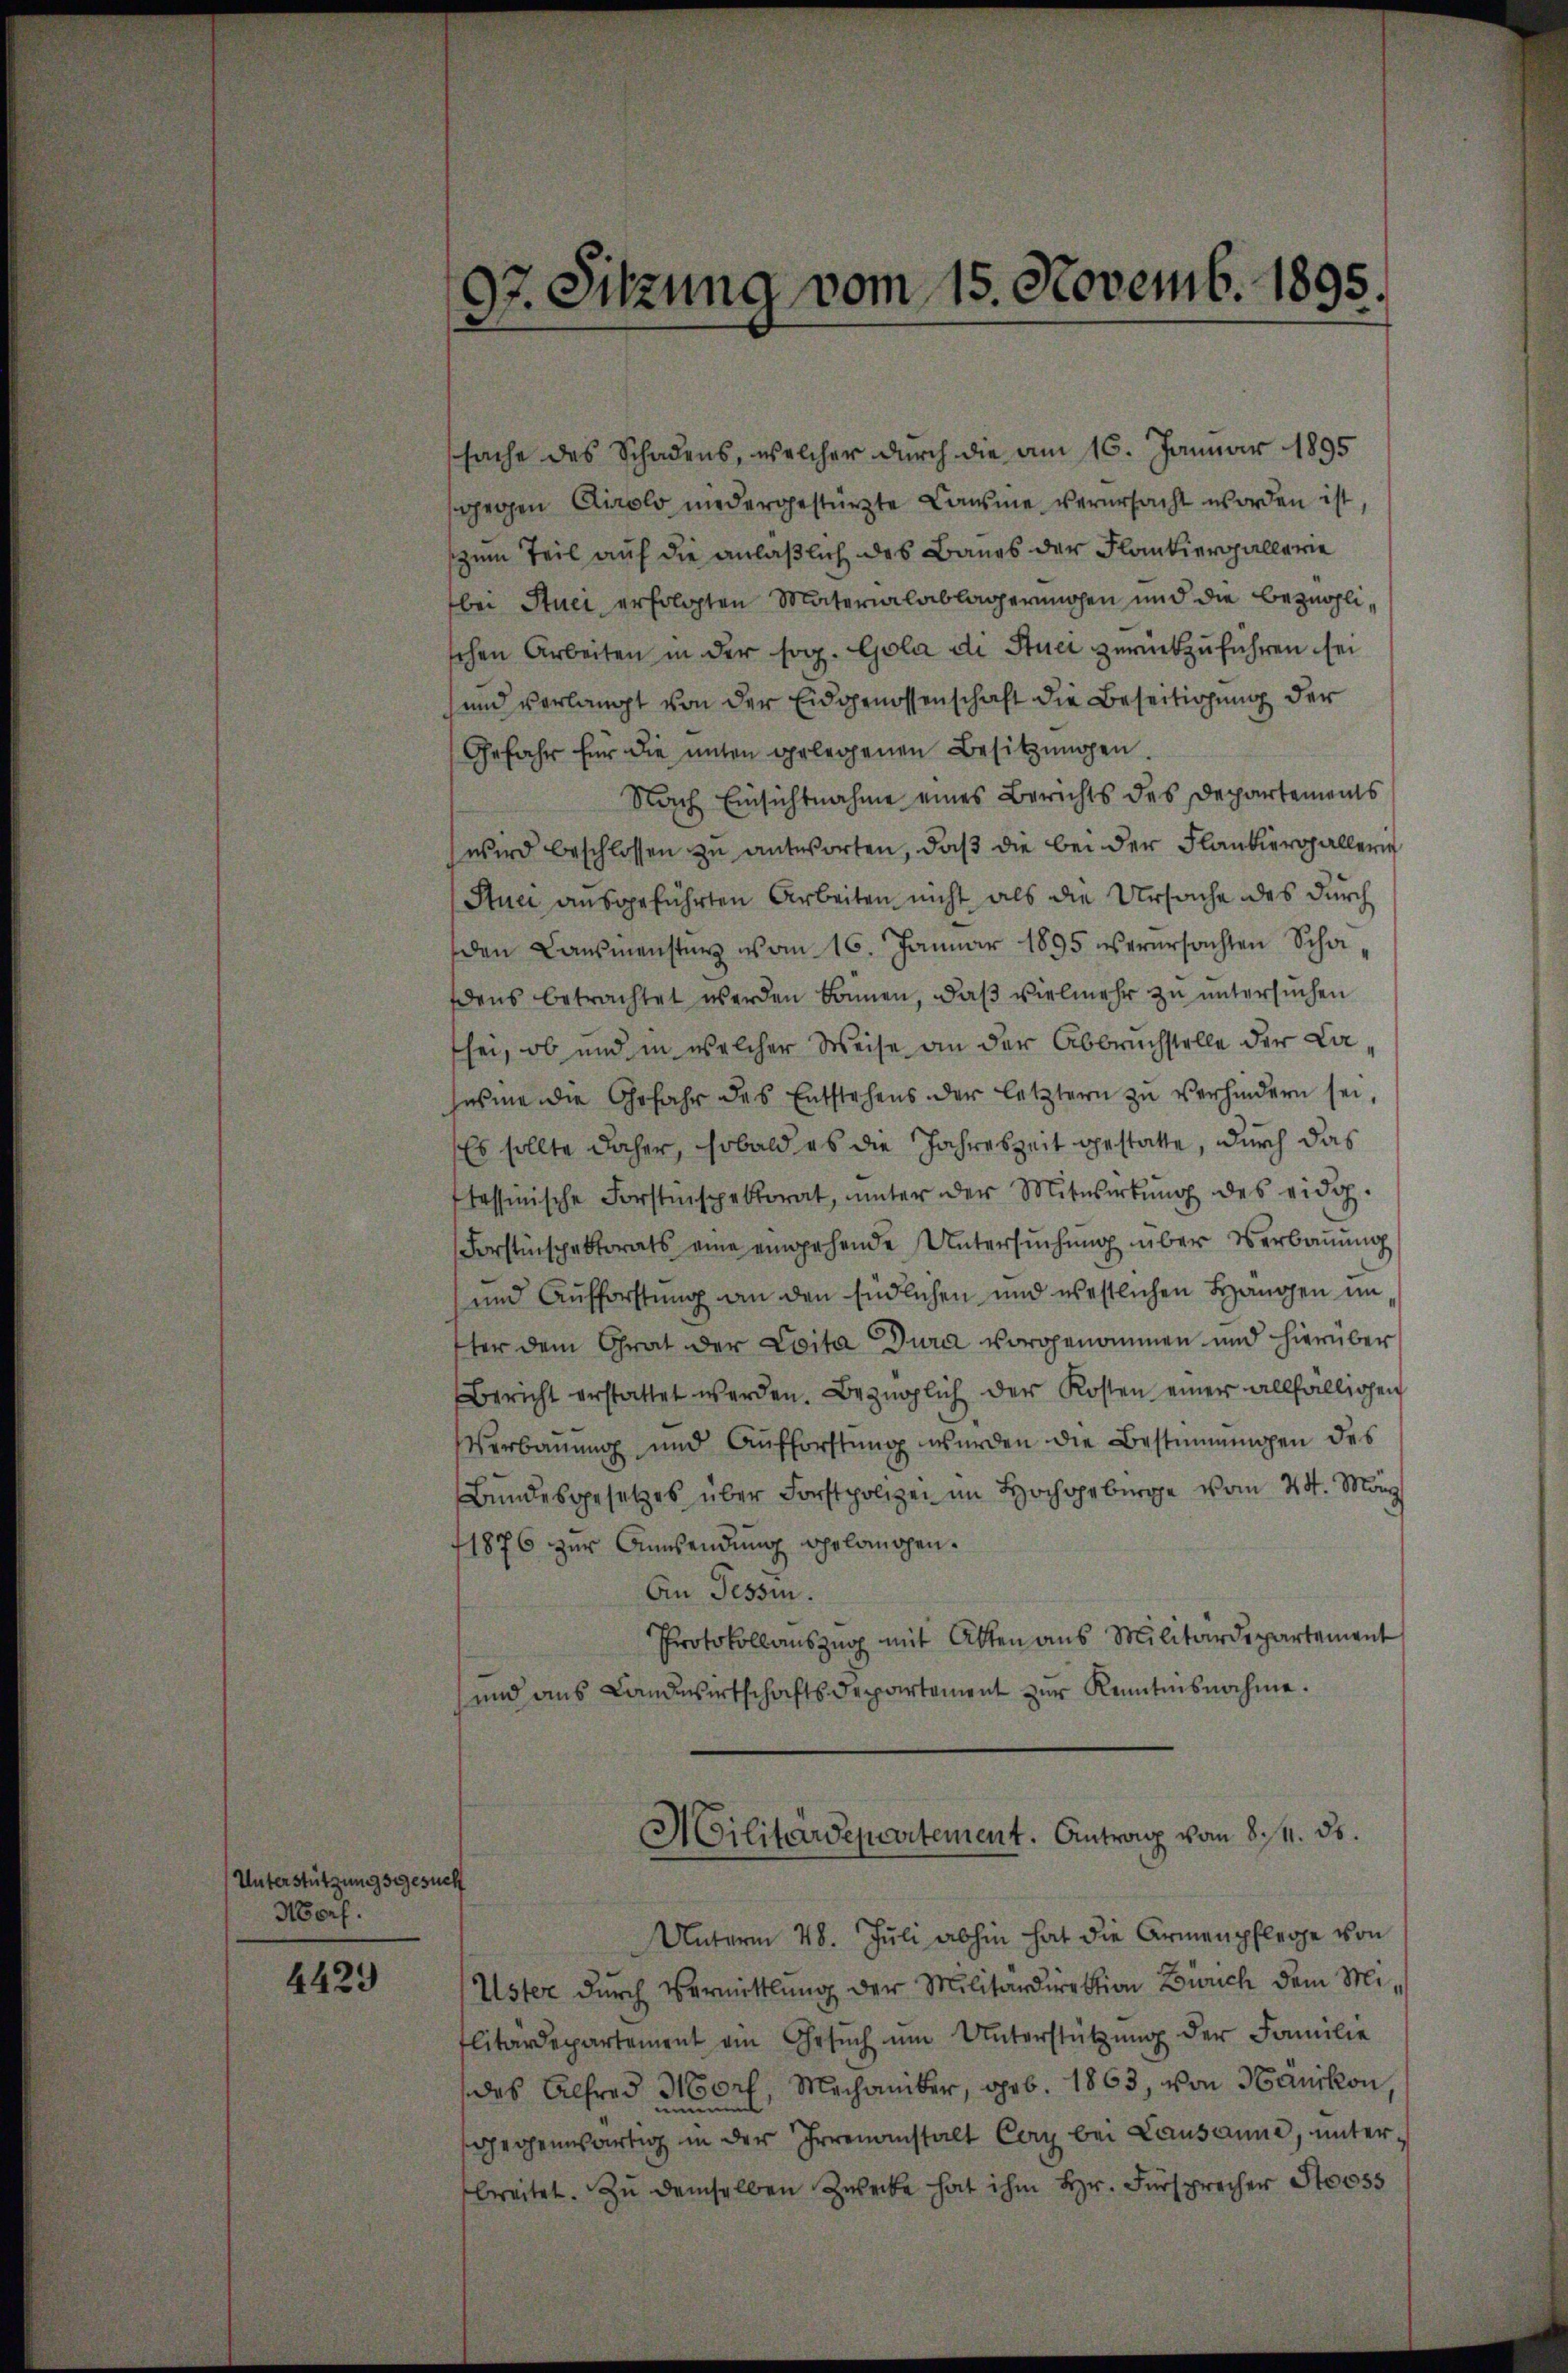
Unterstützungsgesuc
Horf.

4429

¬
f

97. Sitzung vom 15. Novemb. 1895.

sache des Schadens, welcher durch die am 16. Januar 1895
gegen Airolo niedergestürzte Causine verursacht worden ist,
zum Teil auf die anläßlich des Baues der Flankiergallerie
bei Stuci erfolgten Materialablagerungen und die bezüglihen Arbeiten in der sog. Gola di Stuci zŭrückzŭführen sei
und verlangt von der Eidgenossenschaft die Beseitigung der
Gefahr für die ŭnter gelegenen Besitzungen
Nach Einsichtnahme eines Berichts des Departements
wird beschlossen zu antworten, daß die bei der Flankiers allerin
Stuci ausgeführten Arbeiten nicht als die Ursache des durch
den Lausmensters vom 16. Januar 1895 verursachten Schadens betrachtet werden können, daß vielmehr zu untersuchen
sei, ob und in welcher Weise an der Abbruchstelle der Lawsine die Gefahr des Entstehens der letztern zu verhindern sei,
Es sollte daher, sobald es die Jahreszeit gestatte, durch das
tessinische Forstinspektorat, unter der Mitwirkŭng des eidg.
Forstinspektorats eine eingehende Untersuchung über Verbauung
und Aufforstung an den südlichen und westlichen Hangen im
ter dem Grat der Loita Jura vorgenommen und hierüber
Bericht erstattet werden. Bezüglich der Kosten einer allfälligen
Verbauung und Aufforstung wurden die Bestimmungen des
Bundesgesetzes über Forstpolizei im Hochgebürge vom 24. März
1876 zur Anwendung gelangen.
An Tessin.
Protokollauszug mit Atten aus Militärdepartement
und aus Landwirtschaftsdepartement zur Kenntnisnahme.
Militärdepartement. Antrag vom 8. 14. ds.
a
Unterm 28. Juli abhin hat die Armenpflege von
Uster durch Vermittlung der Militärdirektion Zürich dem Militärdepartement ein Gesŭch ŭm Unterstützŭng der Familie
das Alfred Morf, Mechaniker, geb. 1863, von Hänikon,
e
sgegenwärtig in der Irrenanstalt Cary bei Lausanne, unterbereitet. Zŭ demselben Zwecke hat ihm Hr. Fürsprecher Stooss